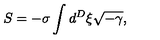
S = - \sigma \int d ^ { D } \xi \sqrt { - \gamma } ,